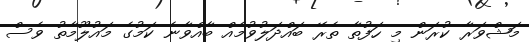
މަޝްވަރާ ކުރަން މި ހަފުތާ ތެރޭ ބައްދަލުވުމެއް ބާއްވާނެ ކަމުގެ މައުލޫމާތު ވެސް